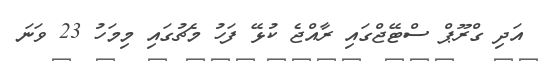
އަދި ގްރޫޕް ސްޓޭޖްގައި ރާއްޖެ ކުޅޭ ފަހު މެޗުގައި މިމަހު 23 ވަނަ